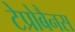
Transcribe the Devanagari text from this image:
टेप्रोबैनस